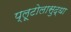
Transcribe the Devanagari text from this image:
प्लूटोलासुद्धा